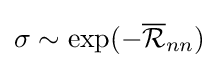
\sigma \sim \exp(-{\overline {\mathcal {R}}}_{nn})